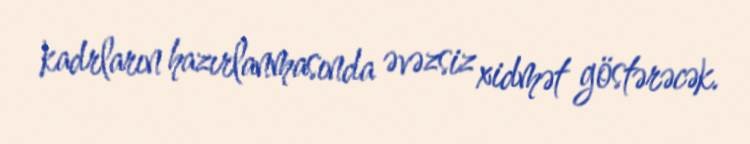
kadrların hazırlanmasında əvəzsiz xidmət göstərəcək.